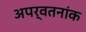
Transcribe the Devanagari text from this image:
अपर्वतनांक